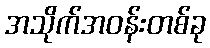
အသိုက်အဝန်းတစ်ခု